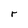
Character: r